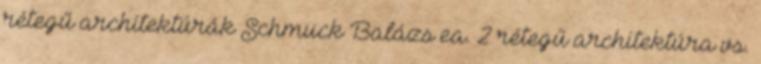
rétegű architektúrák Schmuck Balázs ea. 2 rétegű architektúra vs.